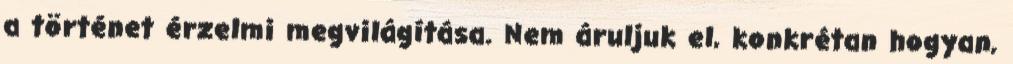
a történet érzelmi megvilágítása. Nem áruljuk el, konkrétan hogyan,